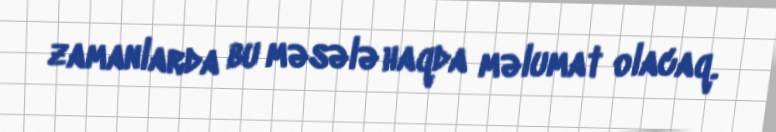
zamanlarda bu məsələ haqda məlumat olacaq.